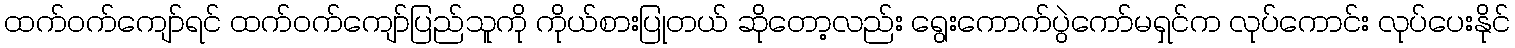
ထက်ဝက်ကျော်ရင် ထက်ဝက်ကျော်ပြည်သူကို ကိုယ်စားပြုတယ် ဆိုတော့လည်း ရွေးကောက်ပွဲကော်မရှင်က လုပ်ကောင်း လုပ်ပေးနိုင်